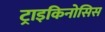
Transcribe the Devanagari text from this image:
ट्राइकिनोसिस